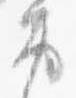
労